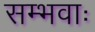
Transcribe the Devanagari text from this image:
सम्भवाः